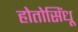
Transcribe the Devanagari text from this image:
होतोसिंधू